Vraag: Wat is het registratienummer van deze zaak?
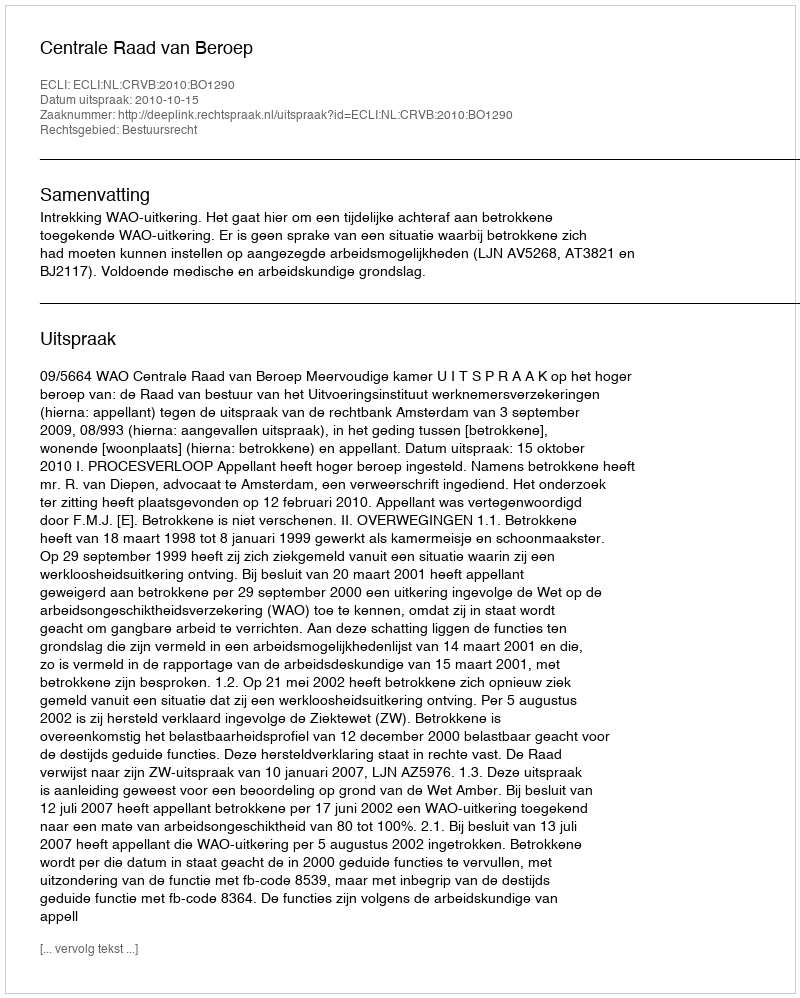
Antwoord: http://deeplink.rechtspraak.nl/uitspraak?id=ECLI:NL:CRVB:2010:BO1290